Source: Handwritten
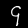
Digit: ၄ (4)